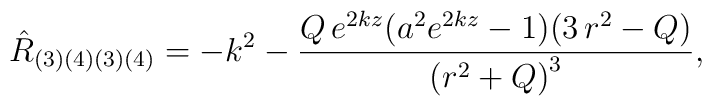
{\hat{R}}_{(3)(4)(3)(4)}=-k^2-\frac{Q\,e^{2kz}(a^2e^{2kz}-1)(3\,r^2-Q)}{{(r^2+Q)}^3},